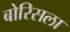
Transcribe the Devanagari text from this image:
बोरिसला